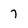
Character: 7